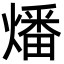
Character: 燔